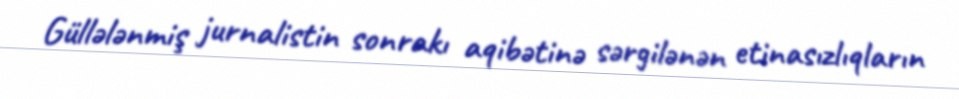
Güllələnmiş jurnalistin sonrakı aqibətinə sərgilənən etinasızlıqların